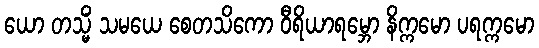
ယော တသ္မိံ သမယေ စေတသိကော ဝီရိယာရမ္ဘော နိက္ကမော ပရက္ကမော